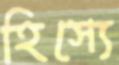
হিস্যে